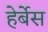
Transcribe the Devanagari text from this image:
हेर्बेस